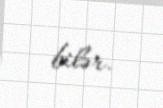
bilər.